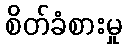
စိတ်ခံစားမှု